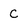
Character: C